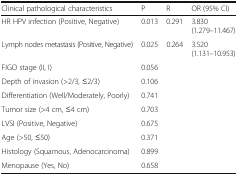
<table><thead><tr><td><b>Clinical pathological characteristics</b></td><td><b>P</b></td><td><b>R</b></td><td><b>OR (95% CI)</b></td></tr></thead><tbody><tr><td>HR HPV infection (Positive, Negative)</td><td>0.013</td><td>0.291</td><td>3.830 (1.279–11.467)</td></tr><tr><td>Lymph nodes metastasis (Positive, Negative)</td><td>0.025</td><td>0.264</td><td>3.520 (1.131–10.953)</td></tr><tr><td>FIGO stage (II, I)</td><td>0.056</td><td></td><td rowspan="8"></td></tr><tr><td>Depth of invasion (&gt;2/3, ≤2/3)</td><td>0.106</td><td></td></tr><tr><td>Differentiation (Well/Moderately, Poorly)</td><td>0.741</td><td></td></tr><tr><td>Tumor size (&gt;4 cm, ≤4 cm)</td><td>0.703</td><td></td></tr><tr><td>LVSI (Positive, Negative)</td><td>0.675</td><td></td></tr><tr><td>Age (&gt;50, ≤50)</td><td>0.371</td><td></td></tr><tr><td>Histology (Squamous, Adenocarcinoma)</td><td>0.899</td><td></td></tr><tr><td>Menopause (Yes, No)</td><td>0.658</td><td></td></tr></tbody></table>